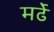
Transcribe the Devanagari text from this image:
मर्ढे